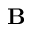
\mathbf B